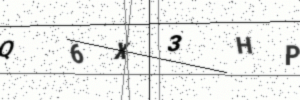
Text: Q6X3HP